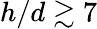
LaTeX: h/d\gtrsim 7